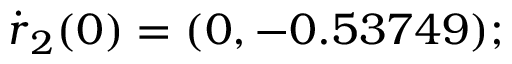
\dot { \boldsymbol { r } } _ { 2 } ( 0 ) = ( 0 , - 0 . 5 3 7 4 9 ) ;